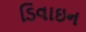
ડિવાઇન